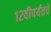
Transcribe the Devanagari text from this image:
१२वीपर्यंतचे